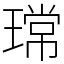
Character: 瑺